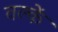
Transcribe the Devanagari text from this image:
वल्कें